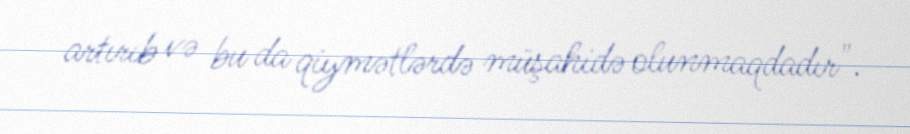
artırıb və bu da qiymətlərdə müşahidə olunmaqdadır".